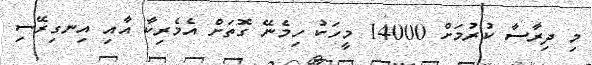
މި ދިރާސާ ކުރުމަށް 14000 މީހަކު ހިމެނޭ ގޮތަށް އެމެރިކާ އާއި އިނގިރޭސި